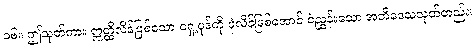
၁၆။ ဤသုတ်ကား ဣတ္ထိလိန်ဖြစ်သော ရှေ့ပုဒ်ကို ပုံလိန်ဖြစ်အောင် ငဲ့ညွှန်းသော အတိဒေသသုတ်တည်း၊